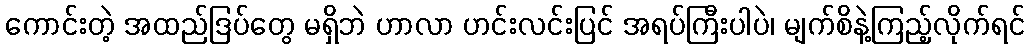
ကောင်းတဲ့ အထည်ဒြပ်တွေ မရှိဘဲ ဟာလာ ဟင်းလင်းပြင် အရပ်ကြီးပါပဲ၊ မျက်စိနဲ့ကြည့်လိုက်ရင်